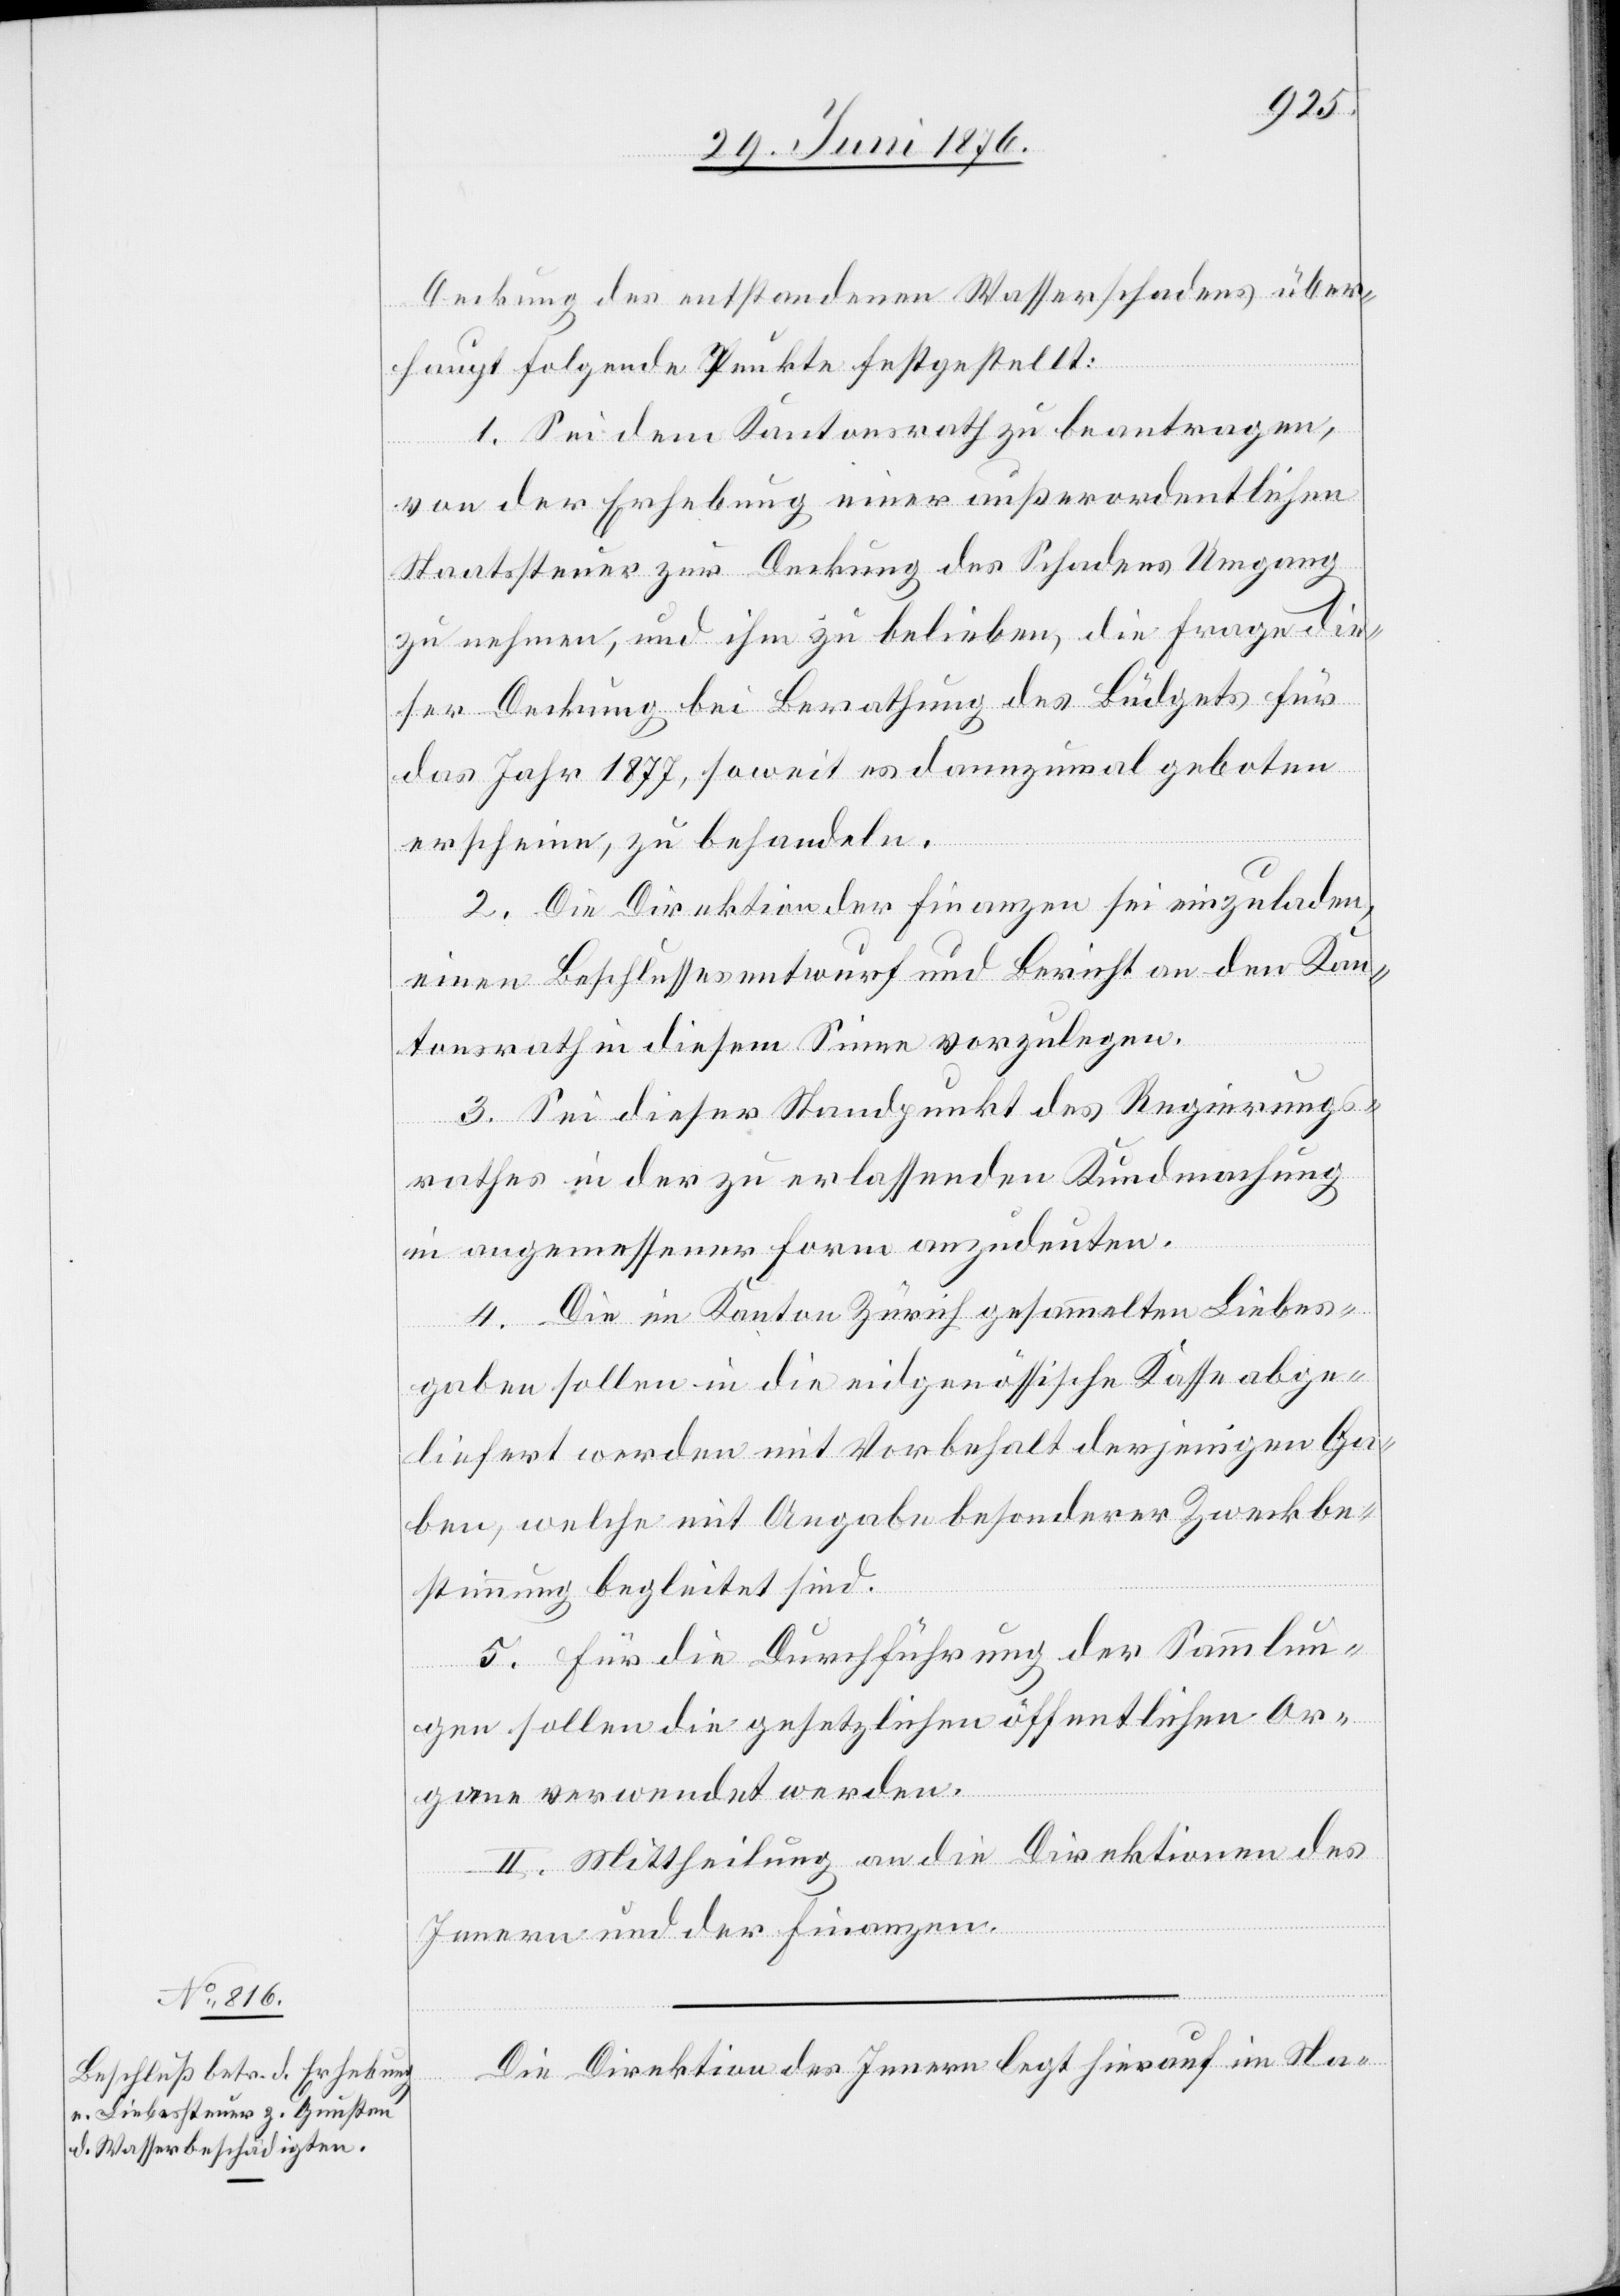
Deckung des entstehenden Wasserschadens über¬
haupt folgende Punkte festgestellt:
1. Sei dem Kantonsrath zu beantragen,
setzung
von der Erhebung einer außerordentlichen
Staatssteuer zur Deckung des Schadens Umgang
zu nehmen, und ihm zu belieben, die Frage die¬
ser Deckung bei Berathung des Büdgets für
das Jahr 1877, soweit es dannzumal geboten
erscheine, zu behandeln.
2. Die Direktion der Finanzen sei einzuladen,
einen Beschlussesentwurf und Bericht an den Kan¬
tonsrath in diesem Sinne vorzulegen.
3. Sei dieser Standpunkt des Regierungs¬
rathes in der zu erlassenden Kundmachung
in angemessener Form anzudeuten.
4. Die im Kanton Zürich gesammelten Liebes¬
gaben sollen in die eidgenössische Kasse abge¬
liefert werden mit Vorbehalt derjenigen Ga¬
ben, welche mit Angabe besonderer Zweckbe¬
stimmung begleitet sind.
5. Für die Durchführung der Sammlun¬
gen sollen die gesetzlichen öffentlichen Or¬
gane verwendet werden.
II. Mittheilung an die Direktionen des
Innern und der Finanzen.
Die Direktion des Innern legt hierauf in Na-